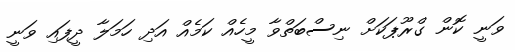
ވަނީ ކޮން ގްރޫޕަކަށް ނިސްބަތްވާ މީހެއް ކަމެއް އަދި ހަމަލާ ދީފައި ވަނީ